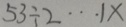
5 3 \div 2 \cdots 1 \times